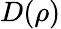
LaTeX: D(\rho)